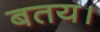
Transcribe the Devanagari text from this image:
बतय।